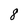
Character: 8